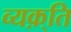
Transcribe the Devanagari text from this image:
व्यक़्ति